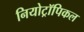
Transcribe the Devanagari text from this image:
नियोट्रॉपिकल